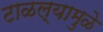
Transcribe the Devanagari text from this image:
टाळल्यामुळे